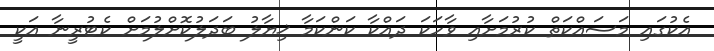
އެކުގައި މަސައްކަތް ކުރުމަށާއި ވާހަކަ ދައްކާ ކަންކަމާ ޚިޔާލު ބަދަލުކޮށްލުމަށް ކެޓުރީނާ އަކީ